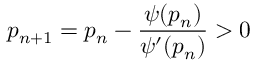
p _ { n + 1 } = p _ { n } - \frac { \psi ( p _ { n } ) } { \psi ^ { \prime } ( p _ { n } ) } > 0